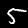
Label: 5